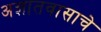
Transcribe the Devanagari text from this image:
अज्ञातवासाचे